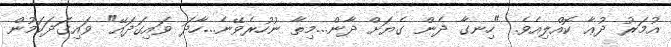
އުމަރު ދުޢާ ކޮއްލިއެވެ. "ހިނގާ ދެން ގެޔަށް ދާން...މިތާ ނުހުރެވޭނެ...ހާދަ ވައިގަދައޭ" ވައިގަދަކަމުން